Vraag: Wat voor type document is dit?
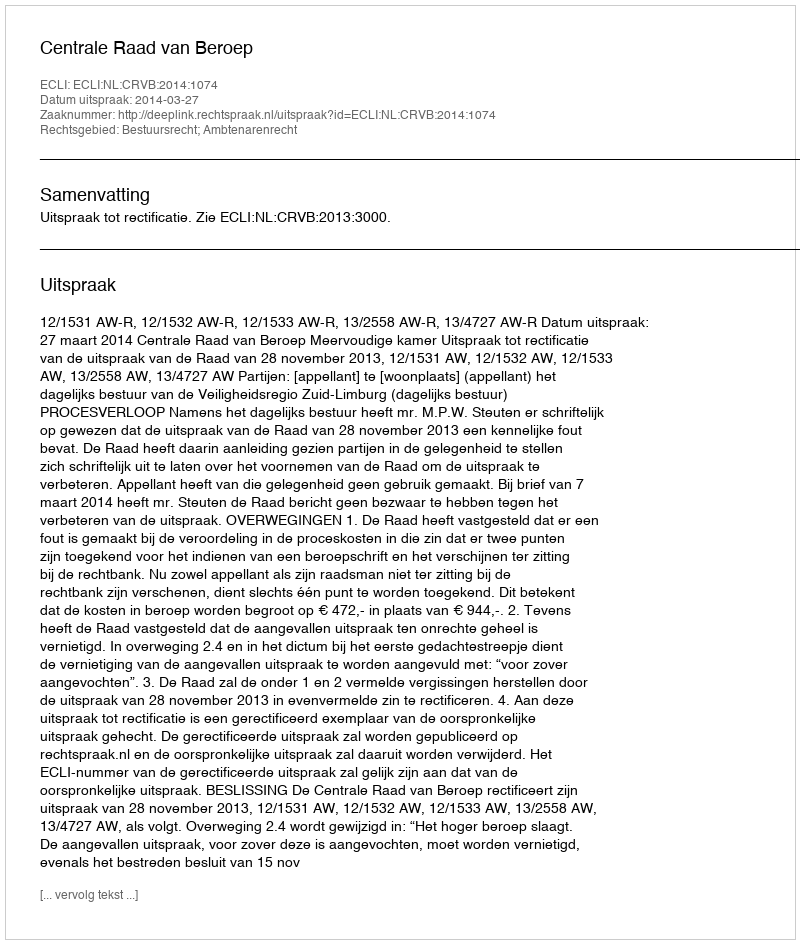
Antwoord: Uitspraak